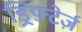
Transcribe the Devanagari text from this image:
ड्रिफ़्टेर्ज़